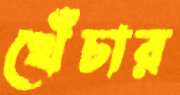
খেঁচার